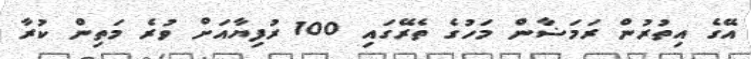
އޭގެ އިތުރުން ރަމަޟާން މަހުގެ ތެރޭގައި 100 ރުފިޔާއަށް ވުރެ މަތިން ކުރާ